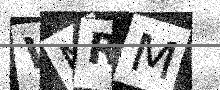
Text: WMRM